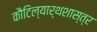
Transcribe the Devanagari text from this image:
कौटिल्यार्थशास्त्र